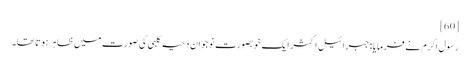
[60]
رسول اکرم نے فرمایا:جبرائیل اکثر ایک خوبصورت نوجوان دحیہ کلبی کی صورت میں ظاہر ہوتا تھا۔